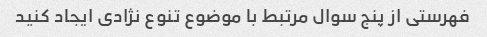
فهرستی از پنج سوال مرتبط با موضوع تنوع نژادی ایجاد کنید